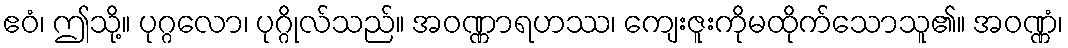
ဧဝံ၊ ဤသို့။ ပုဂ္ဂလော၊ ပုဂ္ဂိုလ်သည်။ အဝဏ္ဏာရဟဿ၊ ကျေးဇူးကိုမထိုက်သောသူ၏။ အဝဏ္ဏံ၊